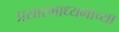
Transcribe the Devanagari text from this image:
प्रसारमाध्‍यमाच्‍या